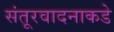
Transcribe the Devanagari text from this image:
संतूरवादनाकडे